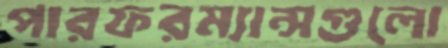
পারফরম্যান্সগুলো